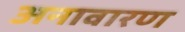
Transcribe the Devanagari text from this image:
अनावारण